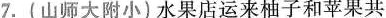
7.（山师大附小）水果店运来柚子和苹果共